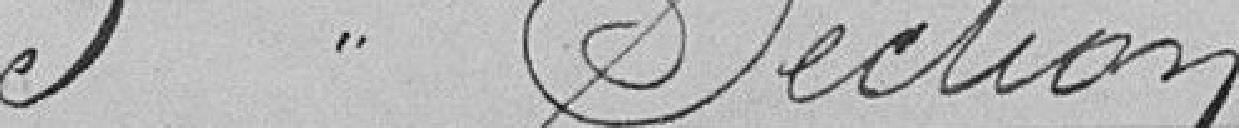
5éme Section